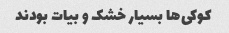
کوکی‌ها بسیار خشک و بیات بودند